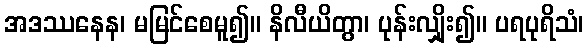
အဒဿနေန၊ မမြင်စေမူ၍။ နိလီယိတွာ၊ ပုန်းလျှိုး၍။ ပရပုရိသံ၊